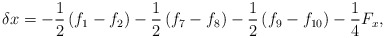
\begin{align*}\delta x = - \frac{1}{2}\left( {{f_1} - {f_2}} \right) - \frac{1}{2}\left( {{f_7} - {f_8}} \right) - \frac{1}{2}\left( {{f_9} - {f_{10}}} \right) - \frac{1}{4}{F_x},\end{align*}